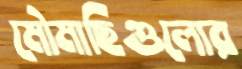
মৌমাছিগুলোর